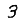
Digit: 3